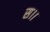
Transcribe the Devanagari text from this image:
स।।